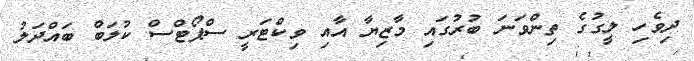
ދިވެހި ލީގުގެ ތިންވަނަ ބުރުގައި މާޒިޔާ އާއި ވިކްޓަރީ ސްޕޯޓްސް ކުލަބް ބައްދަލު